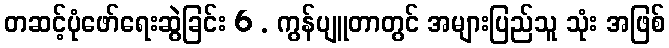
တဆင့်ပုံဖော်ရေးဆွဲခြင်း 6 . ကွန်ပျူတာတွင် အများပြည်သူ သုံး အဖြစ်